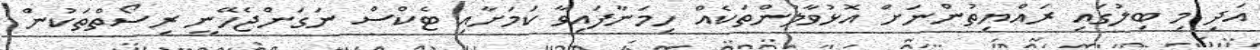
އަދި މި ބިލުގައި ރައްޔިތުންނަށް އޮޅުވާލުންތަކެއް ހިމަނާފައިވާ ކަމަށާއި ޓެކްސް ނަގަންޖެހޭނީ ރިސޯތްތަކުން